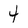
Character: 4